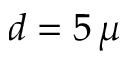
d = 5 \, \mu